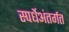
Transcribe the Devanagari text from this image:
स्पर्धेअंतर्गत